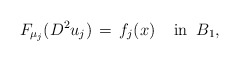
\begin{align*}F_{\mu_j}(D^2u_j)\,=\,f_j(x)\;\;\;\;\mbox{in}\;\;B_1,\end{align*}